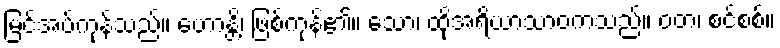
မြင်အပ်ကုန်သည်။ ဟောန္တိ၊ ဖြစ်ကုန်၏။ သော၊ ထိုအရိယာသာဝကသည်။ ဝတ၊ စင်စစ်။